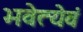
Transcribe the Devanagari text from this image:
भवेत्येवं